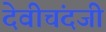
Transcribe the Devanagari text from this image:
देवीचंदजी